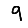
Digit: 9